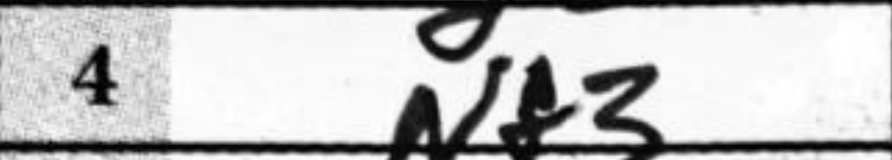
Transcription: Nf3